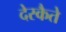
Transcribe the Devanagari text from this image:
देस्कैते